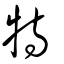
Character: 特